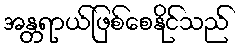
အန္တရာယ်ဖြစ်စေနိုင်သည်